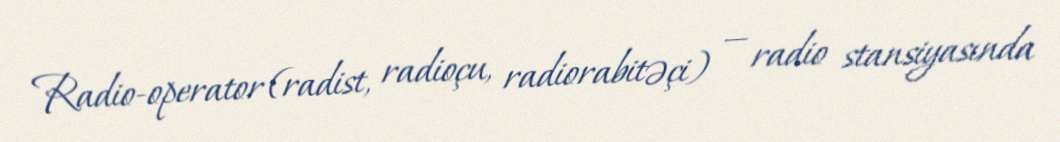
Radio-operator (radist, radioçu, radiorabitəçi) — radio stansiyasında